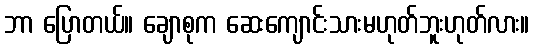
ဘာ ပြောတယ်။ ချောစုက ဆေးကျောင်းသားမဟုတ်ဘူးဟုတ်လား။